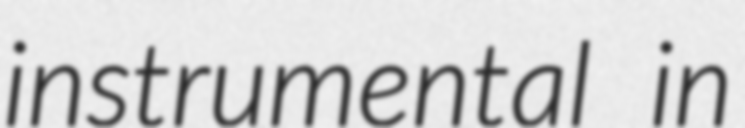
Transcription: instrumental in